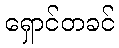
ရှောင်တခင်